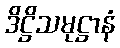
ဒိဋ္ဌိသမုဋ္ဌာနံ